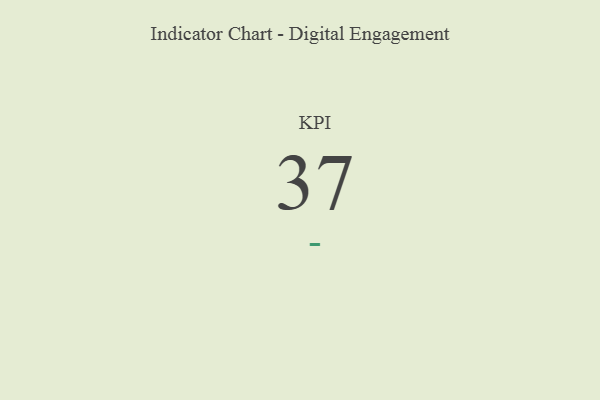
{"axis": {"x": "KPI", "y": "Value"}, "legend": [""], "data": [{"x": "KPI", "y": 37, "type": ""}]}